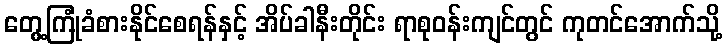
တွေ့ကြုံခံစားနိုင်စေရန်နှင့် အိပ်ခါနီးတိုင်း ရာစုဝန်းကျင်တွင် ကုတင်အောက်သို့